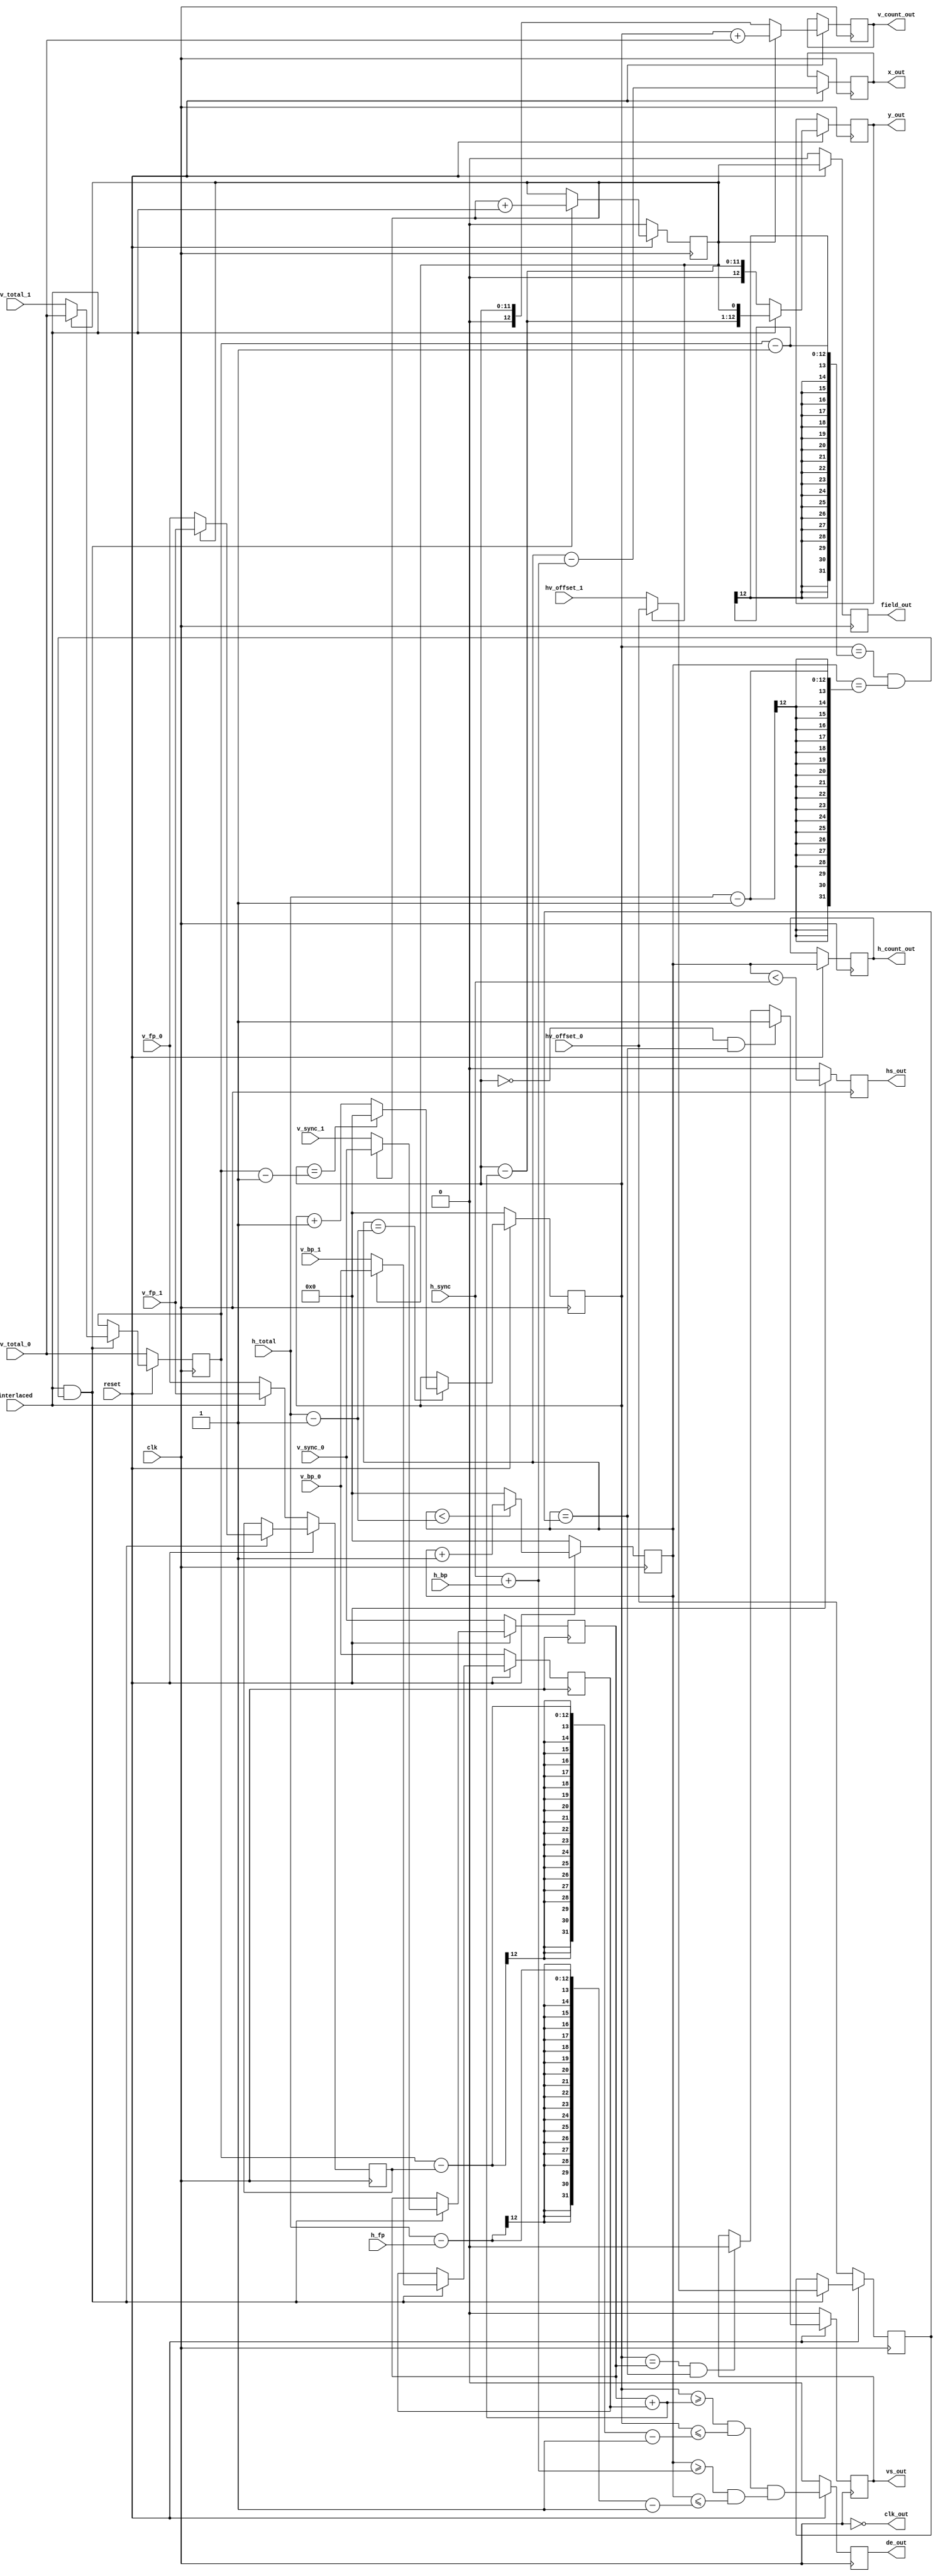
module sync_vg
    #(
        parameter X_BITS=12,
        Y_BITS=12
    )(
        input wire clk,
        input wire reset,
        input wire interlaced,
        input wire [Y_BITS-1:0] v_total_0,
        input wire [Y_BITS-1:0] v_fp_0,
        input wire [Y_BITS-1:0] v_bp_0,
        input wire [Y_BITS-1:0] v_sync_0,
        input wire [Y_BITS-1:0] v_total_1,
        input wire [Y_BITS-1:0] v_fp_1,
        input wire [Y_BITS-1:0] v_bp_1,
        input wire [Y_BITS-1:0] v_sync_1,
        input wire [X_BITS-1:0] h_total,
        input wire [X_BITS-1:0] h_fp,
        input wire [X_BITS-1:0] h_bp,
        input wire [X_BITS-1:0] h_sync,
        input wire [X_BITS-1:0] hv_offset_0,
        input wire [X_BITS-1:0] hv_offset_1,
        output reg vs_out,
        output reg hs_out,
        output reg de_out,
        output reg [Y_BITS:0] v_count_out,
        output reg [X_BITS-1:0] h_count_out,
        output reg [X_BITS-1:0] x_out,
        output reg [Y_BITS:0] y_out,
        output reg field_out,
        output wire clk_out
    );

    reg [X_BITS-1:0] h_count;
    reg [Y_BITS-1:0] v_count;
    reg field;
    reg [Y_BITS-1:0] v_total;
    reg [Y_BITS-1:0] v_fp;
    reg [Y_BITS-1:0] v_bp;
    reg [Y_BITS-1:0] v_sync;
    reg [X_BITS-1:0] hv_offset;
    assign clk_out = !clk;

    
    /* horizontal counter */
    always @(posedge clk) begin
        if (~reset) begin
            h_count <= 0;
        end
        else begin
            if (h_count < h_total - 1'b1)
                h_count <= h_count + 1'b1;
            else
                h_count <= 0;
        end
    end

    /* vertical counter */
    always @(posedge clk) begin
        if (~reset) begin
            v_count <= 0;
        end
        else begin
            if (h_count == h_total - 1'b1) begin
                if (v_count == v_total - 1'b1)
                    v_count <= 0;
                else
                    v_count <= v_count + 1'b1;
            end
        end
    end

    /* field */
    always @(posedge clk) begin
        if (~reset) begin
            field <= 0;
            v_total <= v_total_0;
            v_fp <= interlaced ? v_fp_1 : v_fp_0; // In the interlaced mode this value must be inverted as v_fp_1 is still in field0
            v_bp <= v_bp_0;
            v_sync <= v_sync_0;
            hv_offset <= hv_offset_0;
        end
        else begin
            if ((interlaced) && ((v_count == v_total - 1) && (h_count == h_total - 1))) begin
                field <= field + interlaced;
                v_total <= field ? v_total_0 : v_total_1;
                v_fp <= field ? v_fp_1 : v_fp_0; // This order is inverted as v_fp_1 is still in field0
                v_bp <= field ? v_bp_0 : v_bp_1;
                v_sync <= field ? v_sync_0 : v_sync_1;
                hv_offset <= field ? hv_offset_0 : hv_offset_1;
            end
        end
    end

    always @(posedge clk) begin
        if (~reset) begin
            {vs_out, hs_out, de_out, field_out} <= 4'b0;
        end
        else begin
            hs_out <= ((h_count < h_sync));
            de_out <= (((v_count >= v_sync + v_bp) && (v_count <= v_total - v_fp - 1)) && ((h_count >= h_sync + h_bp) && (h_count <= h_total - h_fp - 1)));
 
            if ((v_count == 0) && (h_count == hv_offset))
                vs_out <= 1'b1;
            else if ((v_count == v_sync) && (h_count == hv_offset))
                vs_out <= 1'b0;

            /* H_COUNT_OUT and V_COUNT_OUT */
            h_count_out <= h_count;

            if (field)
                v_count_out <= v_count + v_total_0;
            else
                v_count_out <= v_count;

            /* X and Y coords  for a backend pattern generator */
            x_out <= h_count - (h_sync + h_bp);

            if (interlaced)
                y_out <= { (v_count - (v_sync + v_bp)) , field };
            else
                y_out <= { 1'b0, (v_count - (v_sync + v_bp)) };

            field_out <= field;
        end
    end
endmodule